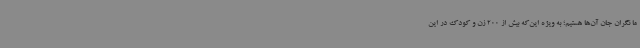
ما نگران جان آن‌ها هستیم؛ به ویژه این‌که بیش از 200 زن و کودک در این